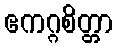
ဧကဂ္ဂစိတ္တာ